Annual report on the lock hospitals of the Madras Presidency
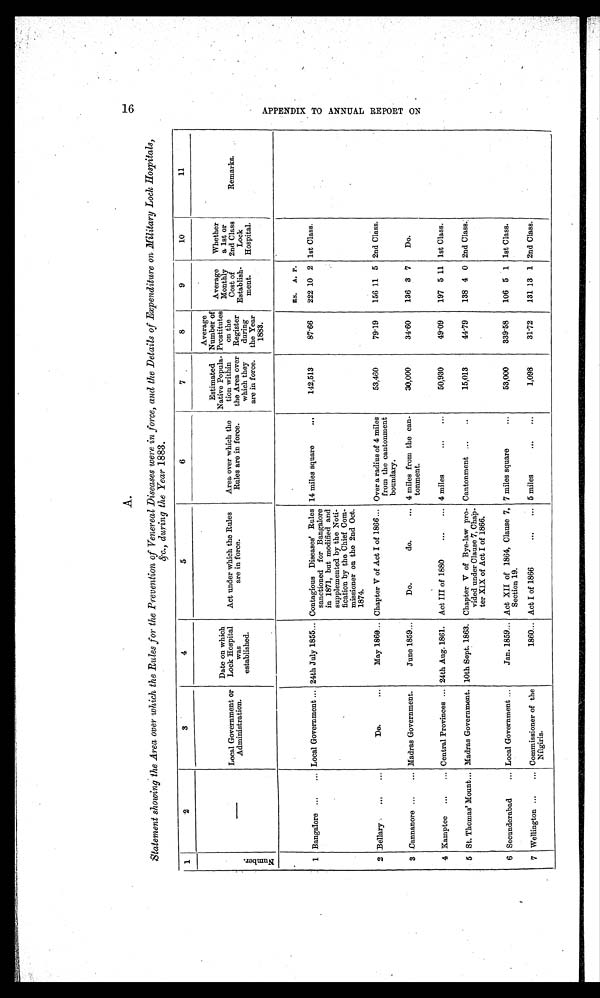
16
A.
Statement showing the Area over which the Rules for the Prevention of Venereal Diseases were in force, and the Details of Expenditure on Military Lock Hospitals,
&c., during the Year 1883.
1
2
3
4
5
6
7
8
9
10
11
N u m b e r .
—
Local Government or
Administration.
Date on which
Lock Hospital
was
established.
Act under which the Rules
are in force.
Area over which the
Rules are in force.
Estimated
Native Popula-
tion within
the Area over
which they
are in force.
Average
Number of
Prostitutes
on the
Register
during
the Year
1883.
Average
Monthly
Cost of
Establish-
ment.
Whether
a 1st or
2nd Class
Lock
Hospital.
Remarks.
RS. A. P.
1 Bangalore ... ... Local Government ... 24th July 1855... Contagious Diseases' Rules
sanctioned for Bangalore
in 1871, but modified and
supplemented by the Noti-
fication by the Chief Com-
missioner on the 2nd Oct.
1874.
14 miles square
...
142,513
87.66 222 10 2 1st Class.
2 Bellary ...
...
Do. ...
May 1860... Chapter V of Act I of 1866 ... Over a radius of 4 miles
from the cantonment
boundary.
53,460
79.19 156 11 5 2nd Class.
3 Cannanore ... ... Madras Government.
June 1859...
Do. do.
... 4 miles from the can-
tonment.
30,000
34.60
136 3 7 Do.
4 Kamptee ... ... Central Provinces ... 24th Aug. 1861. Act III of 1880
... ... 4 miles
... ...
50,930
49.09
197 5 11 1st Class.
5 St. Thomas' Mount... Madras Government. 10th Sept. 1863. Chapter V of Bye-law pro-
vided under Clause 7, Chap-
ter XIX of Act I of 1866.
Cantonment ... ..
15,013
44.79
138 4 0 2nd Class.
6 Secunderabad
... Local Government ...
Jan. 1859... Act XII of 1864, Clause 7,
Section 19.
7 miles square
...
53,000
339.58
106 5 1 1st Class.
7 Wellington ... ... Commissioner of the
Nilgiris.
1860... Act I of 1866
... ... 5 miles
... ...
1,098
31.72
131 13 1 2nd Class.
A P P E N D I X T O A N N U A L R E P O R T O N